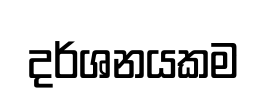
දර්ශනයකම